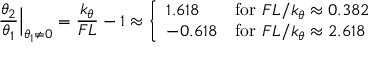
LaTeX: { \frac { \theta _ { 2 } } { \theta _ { 1 } } } { \Big | } _ { \theta _ { 1 } \neq 0 } = { \frac { k _ { \theta } } { F L } } - 1 \approx \left\{ { \begin{array} { l l } { 1 . 6 1 8 } & { { \mathrm { f o r ~ } } F L / k _ { \theta } \approx 0 . 3 8 2 } \\ { - 0 . 6 1 8 } & { { \mathrm { f o r ~ } } F L / k _ { \theta } \approx 2 . 6 1 8 } \end{array} } \right.